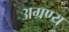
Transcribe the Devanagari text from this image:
अग्रण्य